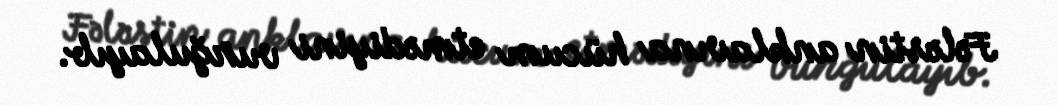
Fələstin anklavına hücum etmədiyini vurğulayıb.